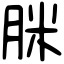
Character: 脒